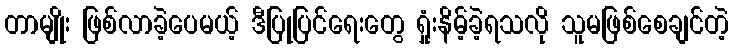
တာမျိုး ဖြစ်လာခဲ့ပေမယ့် ဒီပြုပြင်ရေးတွေ ရှုံးနိမ့်ခဲ့ရသလို သူမဖြစ်စေချင်တဲ့